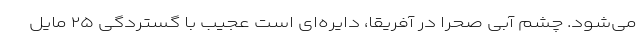
می‌شود. چشم آبی صحرا در آفریقا، دایره‌ای است عجیب با گستردگی ۲۵ مایل